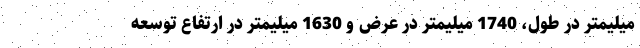
میلیمتر در طول، 1740 میلیمتر در عرض و 1630 میلیمتر در ارتفاع توسعه